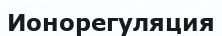
Ионорегуляция